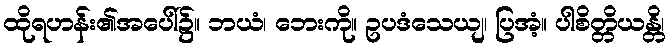
ထိုရဟန်း၏အပေါ်၌။ ဘယံ၊ ဘေးကို။ ဥပဒံသေယျ၊ ပြအံ့။ ပါစိတ္တိယန္တိ၊